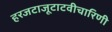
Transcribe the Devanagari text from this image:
हरजटाजूटाटवीचारिणी